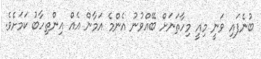
ބުނެފައި ވަނީ މިއީ މިހާތަނަށް ބޭއްވުނު އެންމެ އަމާން އެއް އިންތިހާބު ކަމަށެވެ.